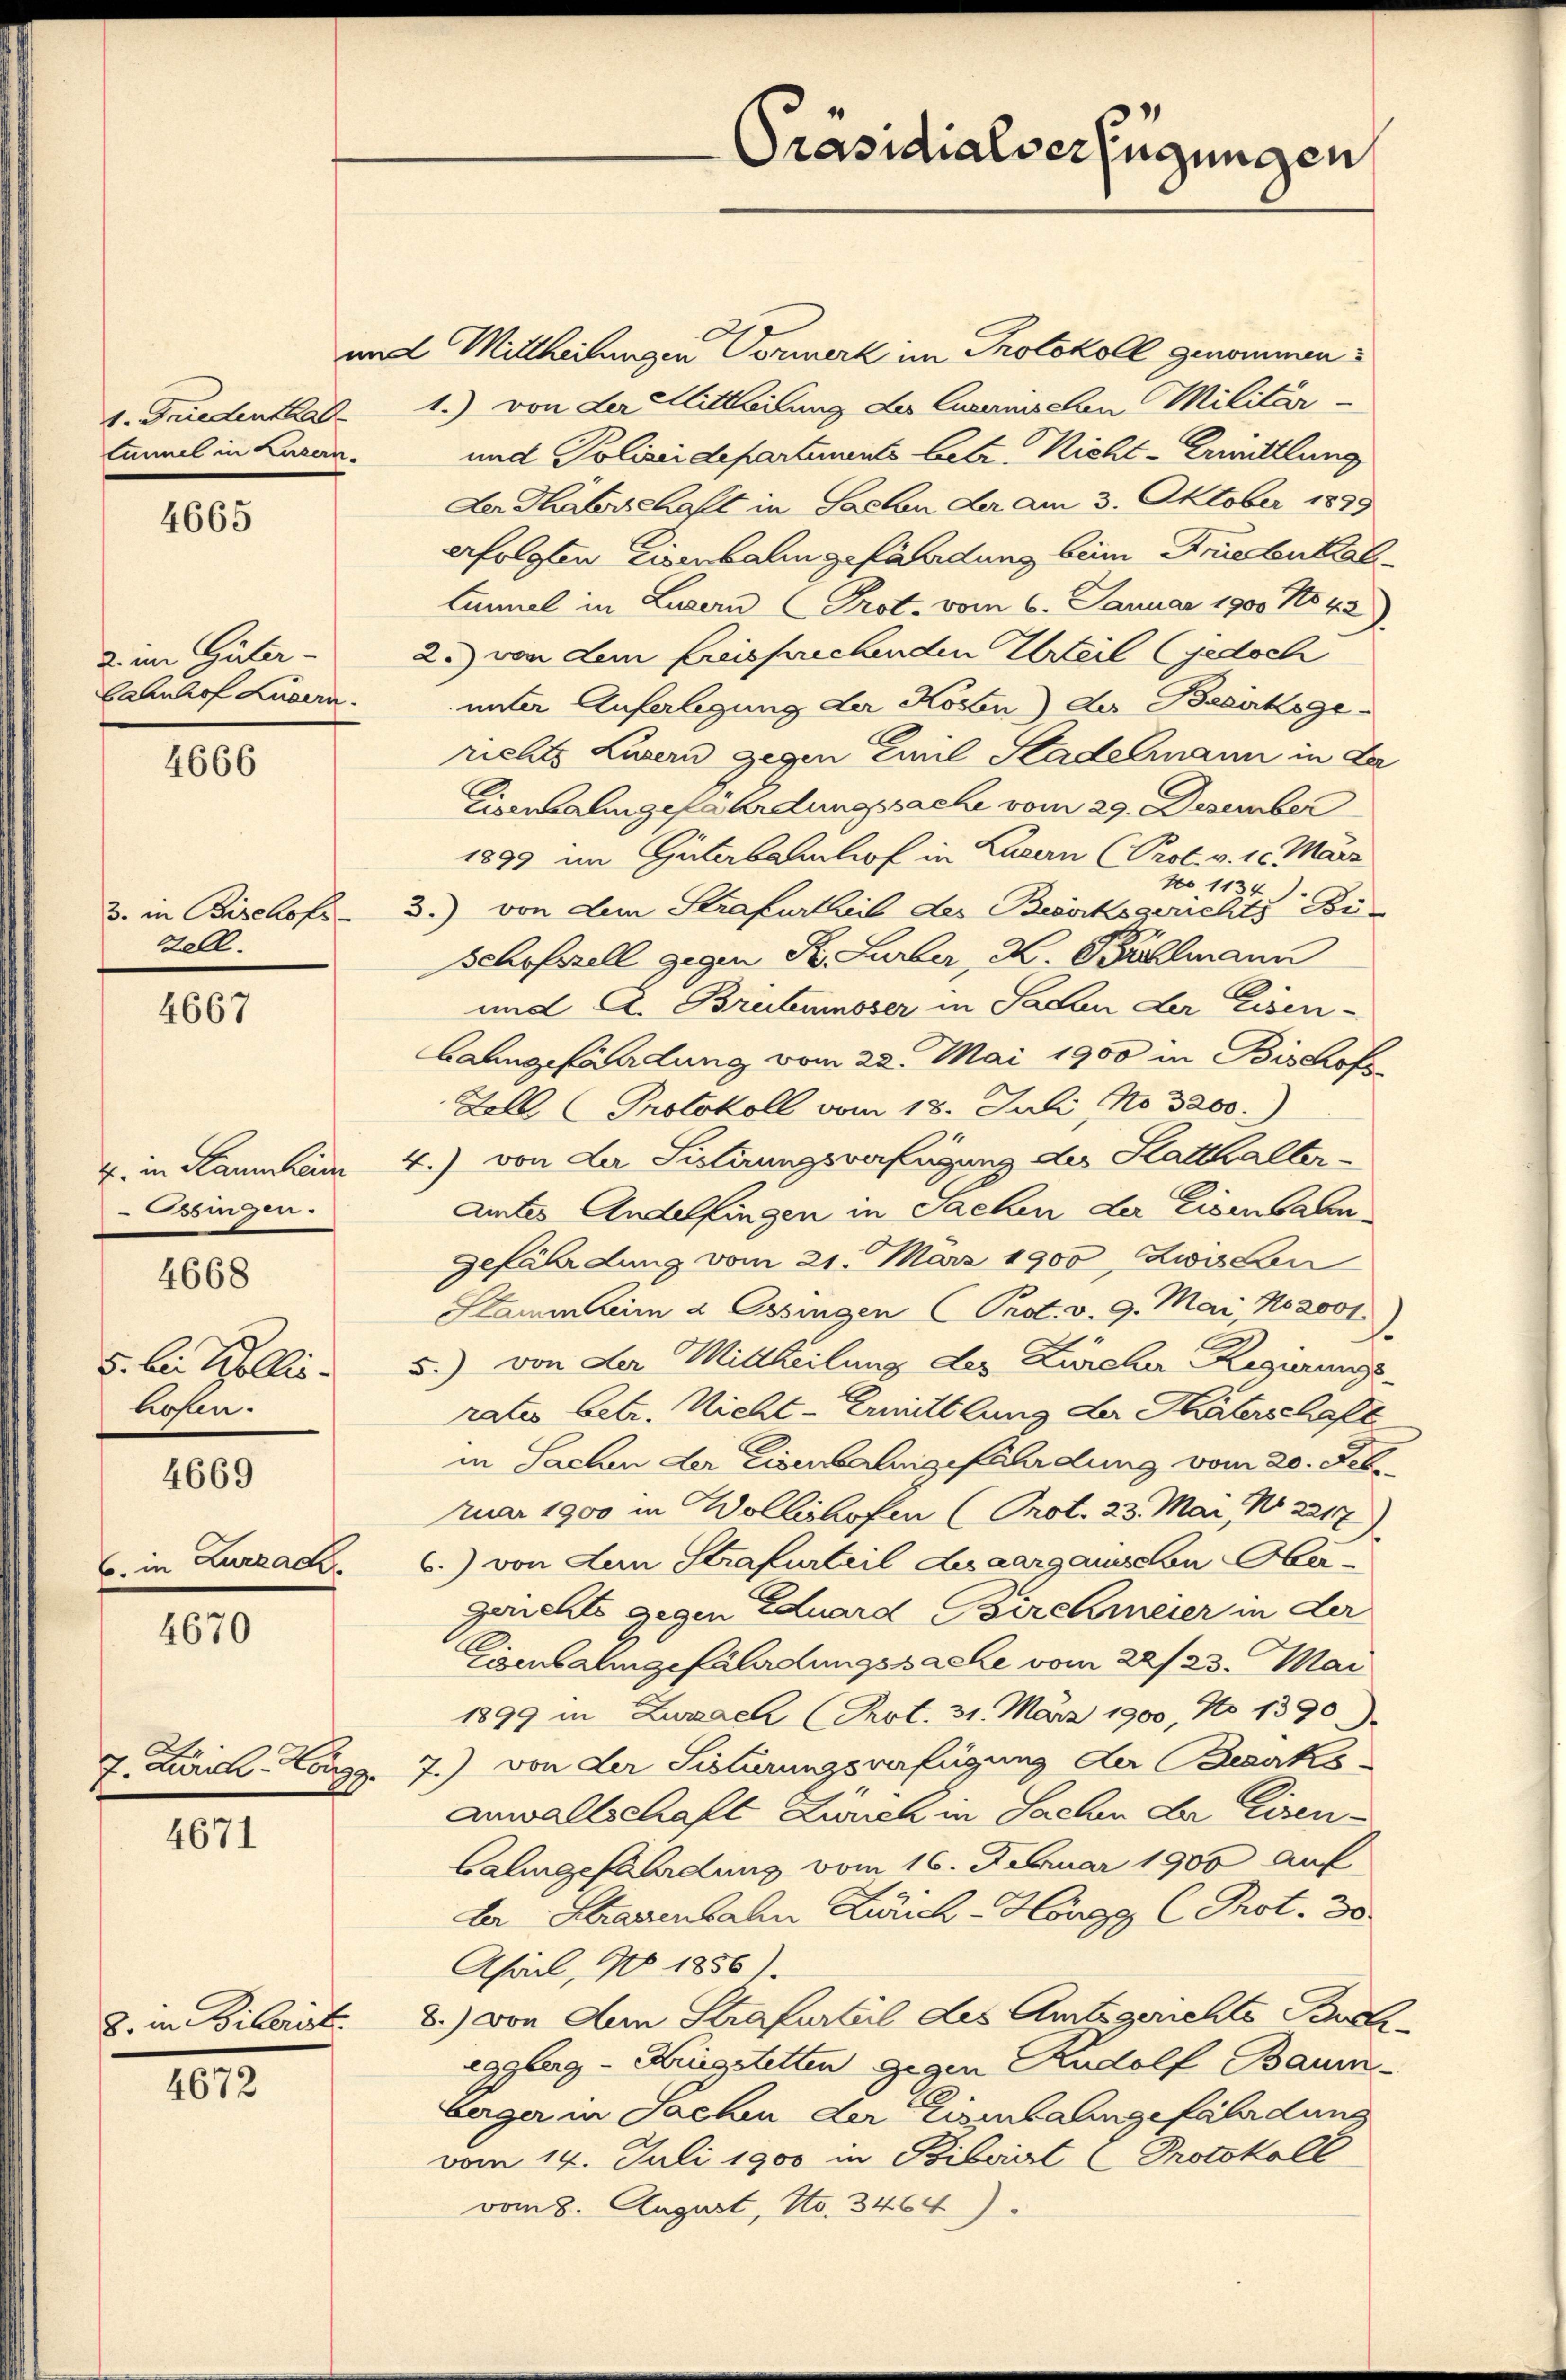
1. Friedenthal
tümmel in Luzern.

4665

2. im Güter-
Cahnhof Luzern.

4666

3. in Bischofs-
Fell.

4667

E. in Stammheim
Obingen.

4668

5. bis Kollie
hofen.

4669

6. in Zurzach.

4670

4671

4672

8. in Biberist.

und Mittheilungen Vormerk im Protokoll genommen.
1.) von der Mittheilung des Curanchen Militär-
und Polizeidepartements betr. Nicht-Krimittlung
Der Thäterschaft in Sachen der am 3. Oktober 1899
erfolgten Eisenbalingefändung beim Friedenkel¬
Lunnel in Luzern (Prot. vom 6. Januar 1900 No 42
2.) von dem freissuchenden Urteil (jedoch
unter Auferlegung der Kosten) der Bezirksgerichts Luzern gegen Emil Kadelmann in La
Eisenalingefährdungssache vom 29. Dezember
1899 im Güterbahnhof in Luzern (Prol. v. 1. März
No 1134).
3.) von dem Strafurtheil des Bezirksgerichts Bü-
Schofszell gegen K. Luber, H. Bühlmann
und A. Brütenmoser in Salon der Eisen-
bahngefährdung vom 22. Mai 1900 in Bischofs
Fell Protokoll vom 18. Juli NNo. 3200.)
4.) von der Sistirungsverfügung des Statthalter-
Amtes Andelfingen in Sachen der Eisenbahngefährdung vom 21. März 1900, Zwischen
Stammheim a Ossingen (Prot. v. 9. Mai, Kozoot
5.) von der Mittheilung des Zürcher Regierungsratio betr. Nicht-Ermittlung der Thäterschaft
in Sachen der Eisenbahngefährdung vom 20. Febr.
ruar 1900 in Wollishofen (Prot. 23. Mai, No 2217
6.) von Lun Strafurteil Luaargauischen Obergerichts gegen Eduard Birchmeier in der
Eyenbahngefährdungssache vom 22/23. Mai
1899 in Zurzach (Prot. 31. März 1900, No 1390).
7. Zürich-Cogg. 7.) von der Sistirungsverfügung der Bezirks
Anwaltschaft Zürich in Sachen der Eisen¬
Calingefährdung vom 16. Februar 1900 auf
ler Strasenbahn Zürich - Höngg (Prot. 38.
April, No 1856).
8.) von Ain Strafurteil des Amtsgerichts Bucheggleg-Kriegstetten gegen Rudolf Baum-
berger in Sachen der Eisenbahngefährdung
vom 14. Juli 1900 in Bibviert Protokoll
vom 8. August, No. 3464).

Präsidialverfügungen